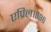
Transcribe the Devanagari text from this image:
एप्रिल१९९६